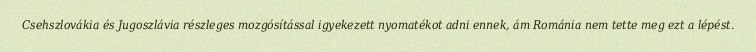
Csehszlovákia és Jugoszlávia részleges mozgósítással igyekezett nyomatékot adni ennek, ám Románia nem tette meg ezt a lépést.